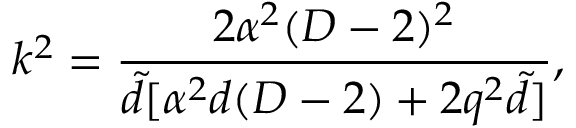
k ^ { 2 } = \frac { 2 \alpha ^ { 2 } ( D - 2 ) ^ { 2 } } { { \tilde { d } } [ \alpha ^ { 2 } d ( D - 2 ) + 2 q ^ { 2 } { \tilde { d } } ] } ,